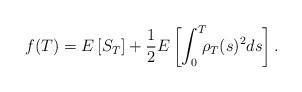
LaTeX: \begin{align*} f(T)= E\left[S_T \right] +\frac{1}{2} E\left[ \int_0^T\!\!\! \rho_T(s)^2 ds \right]. \end{align*}